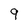
Character: 9